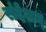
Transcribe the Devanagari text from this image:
संदेशम्